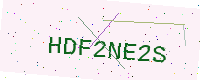
Text: HDF2NE2S